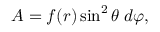
{ \cal A } = f ( r ) \sin ^ { 2 } \theta \; d \varphi ,